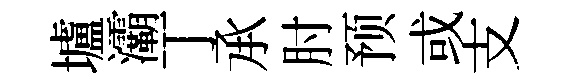
壚灞丁𠄘肘预或支